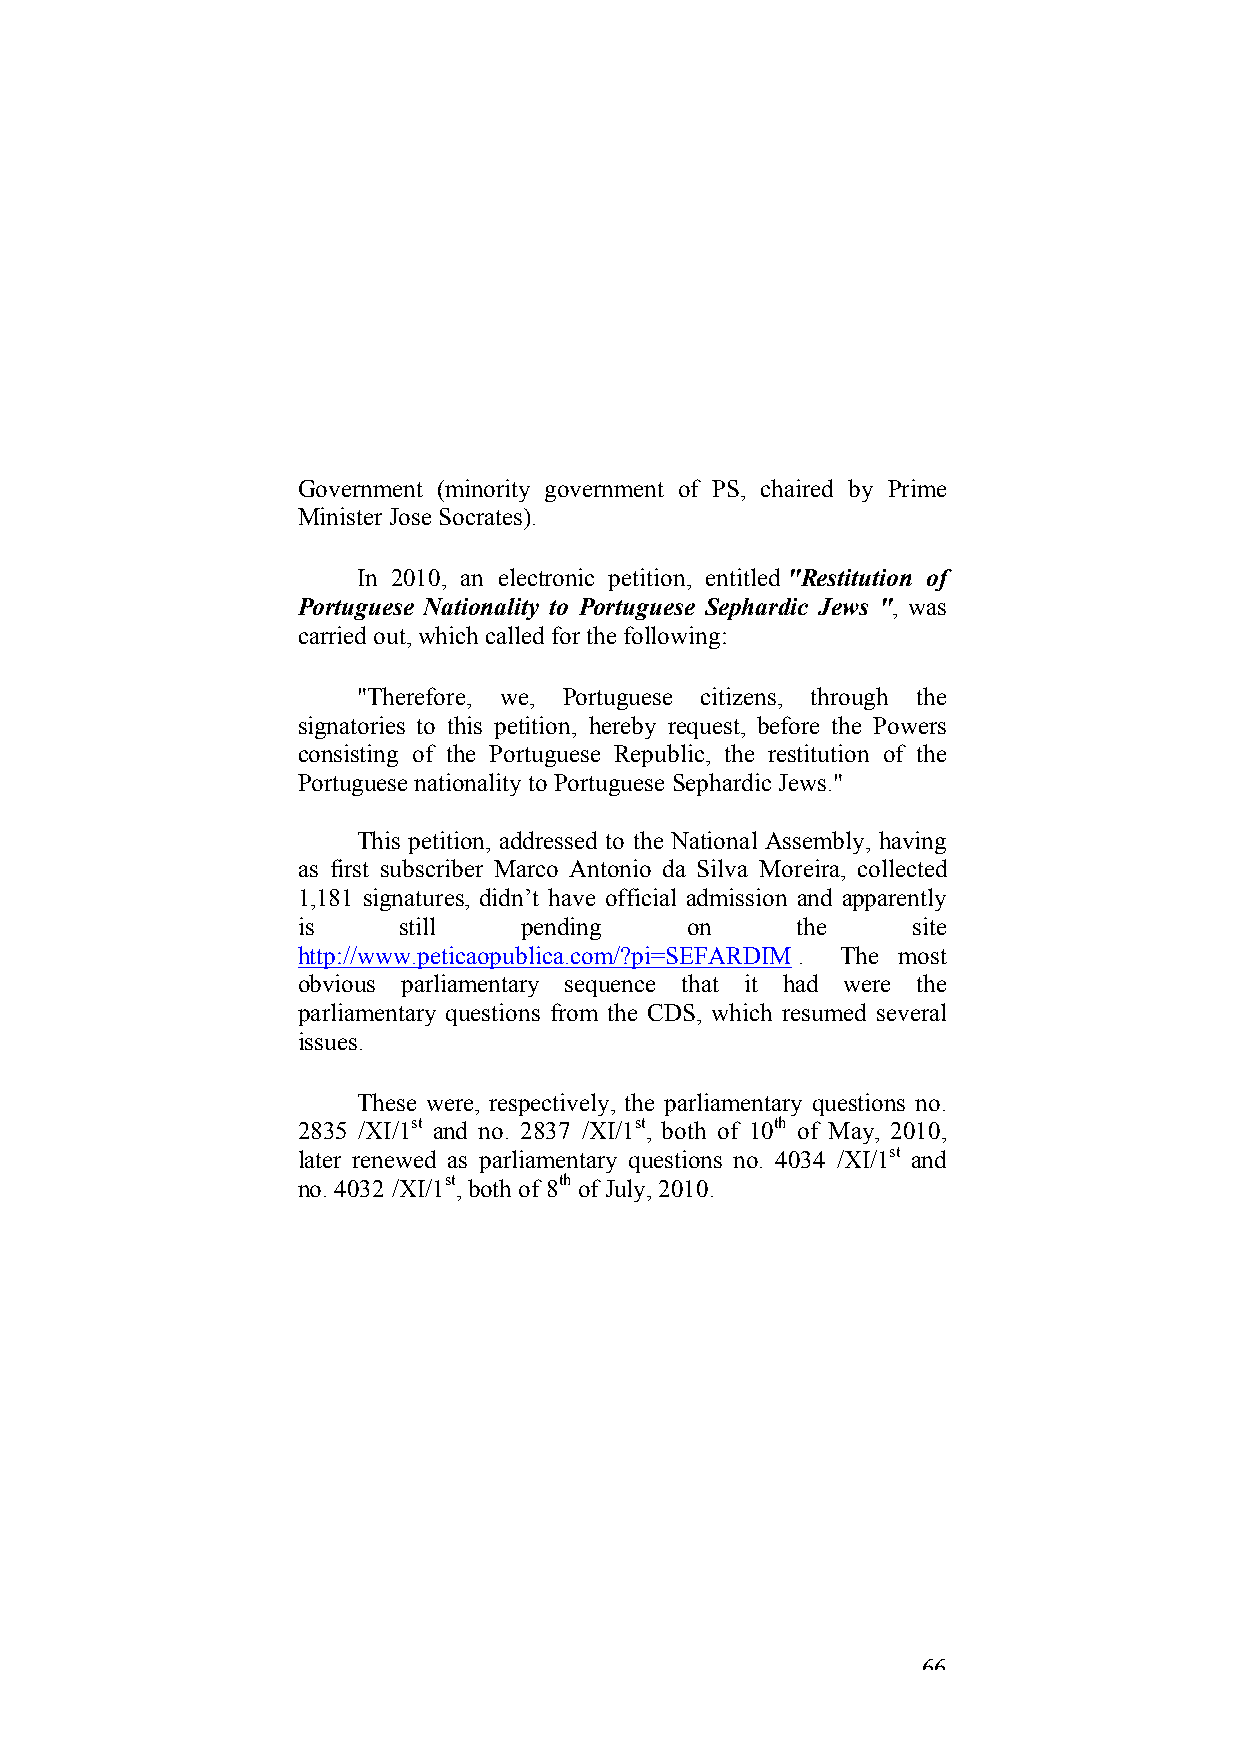
Government (minority government of PS, chaired by Prime
 Minister Jose Socrates).
 In 2010, an electronic petition, entitled "Restitution of
 Portuguese Nationality to Portuguese Sephardic Jews ", was
 carried out, which called for the following:
 "Therefore, we, Portuguese citizens, through the
 signatories to this petition, hereby request, before the Powers
 consisting of the Portuguese Republic, the restitution of the
 Portuguese nationality to Portuguese Sephardic Jews."
 This petition, addressed to the National Assembly, having
 as first subscriber Marco Antonio da Silva Moreira, collected
 1,181 signatures, didn’t have official admission and apparently
 is    still    pending   on      the    site
 http://www.peticaopublica.com/?pi=SEFARDIM . The most
 obvious parliamentary sequence that it had were the
 parliamentary questions from the CDS, which resumed several
 issues.
 These were, respectively, the parliamentary questions no.
 2835 /XI/1st and no. 2837 /XI/1st, both of 10th of May, 2010,
 later renewed as parliamentary questions no. 4034 /XI/1st and
 no. 4032 /XI/1st, both of 8th of July, 2010.
 66